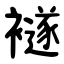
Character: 襚